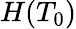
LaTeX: H(T_{0})